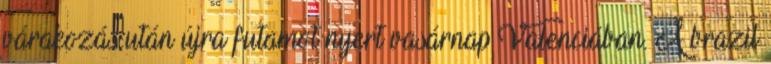
várakozás után újra futamot nyert vasárnap Valenciában. A brazil